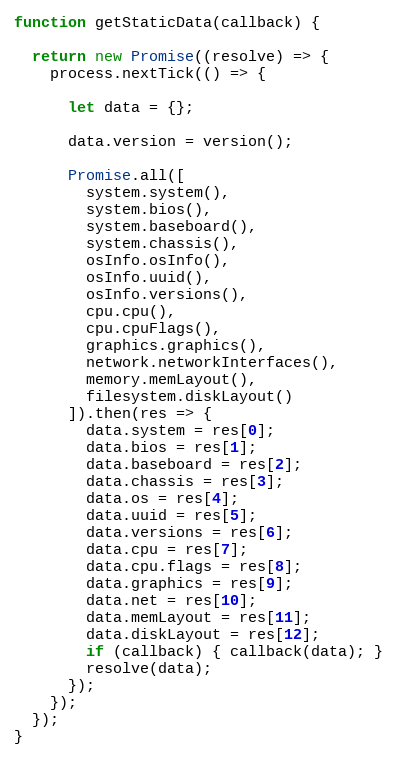
Language: JavaScript
function getStaticData(callback) {

  return new Promise((resolve) => {
    process.nextTick(() => {

      let data = {};

      data.version = version();

      Promise.all([
        system.system(),
        system.bios(),
        system.baseboard(),
        system.chassis(),
        osInfo.osInfo(),
        osInfo.uuid(),
        osInfo.versions(),
        cpu.cpu(),
        cpu.cpuFlags(),
        graphics.graphics(),
        network.networkInterfaces(),
        memory.memLayout(),
        filesystem.diskLayout()
      ]).then(res => {
        data.system = res[0];
        data.bios = res[1];
        data.baseboard = res[2];
        data.chassis = res[3];
        data.os = res[4];
        data.uuid = res[5];
        data.versions = res[6];
        data.cpu = res[7];
        data.cpu.flags = res[8];
        data.graphics = res[9];
        data.net = res[10];
        data.memLayout = res[11];
        data.diskLayout = res[12];
        if (callback) { callback(data); }
        resolve(data);
      });
    });
  });
}